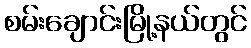
စမ်းချောင်းမြို့နယ်တွင်